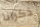
ذكرانا